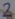
Text: 2